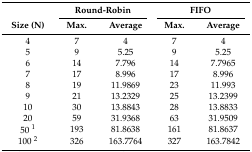
|  | <COLSPAN=2> Round-Robin | <COLSPAN=2> FIFO |
 | Size (N) | Max. | Average | Max. | Average |
 | --- | --- | --- | --- | --- |
 | 4 | 7 | 4 | 7 | 4 |
 | 5 | 9 | 5.25 | 9 | 5.25 |
 | 6 | 14 | 7.796 | 14 | 7.7965 |
 | 7 | 17 | 8.996 | 17 | 8.996 |
 | 8 | 19 | 11.9869 | 23 | 11.993 |
 | 9 | 21 | 13.2329 | 25 | 13.2399 |
 | 10 | 30 | 13.8843 | 28 | 13.8833 |
 | 20 | 59 | 31.9368 | 63 | 31.9509 |
 | 50 1 | 193 | 81.8638 | 161 | 81.8637 |
 | 100 2 | 326 | 163.7764 | 327 | 163.7842 |